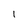
Character: I